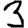
Digit: 3